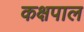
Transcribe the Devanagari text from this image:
कक्षपाल